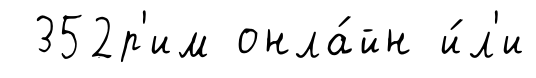
352р'им онла́йн и́л'и